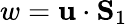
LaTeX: w={\mathbf u}\cdot{\mathbf S}_{1}